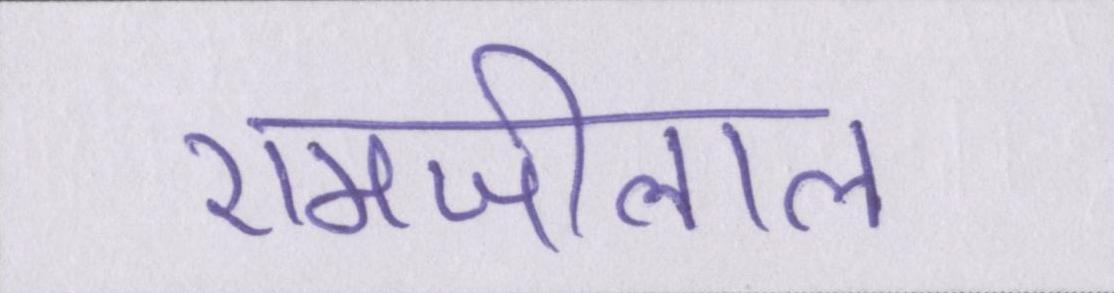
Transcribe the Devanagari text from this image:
रामजीलाल